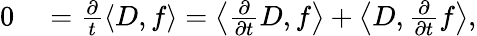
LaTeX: \begin{array}{rl}{0}&{{}=\frac{\partial}{t}\left\langle D,f\right\rangle=\left\langle\frac{\partial}{\partial t}D,f\right\rangle+\left\langle D,\frac{\partial}{\partial t}f\right\rangle,}\end{array}